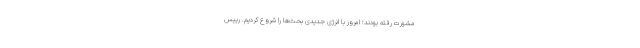
مشورت رفته بودند؛ امروز با انرژی جدیدی بحث‌ها را شروع کردیم. رییس